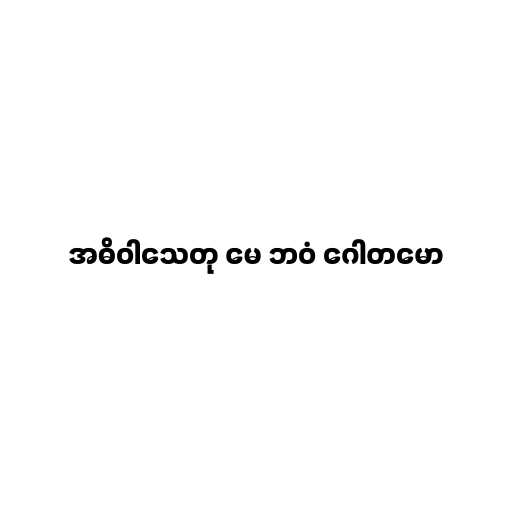
အဓိဝါသေတု မေ ဘဝံ ဂေါတမော